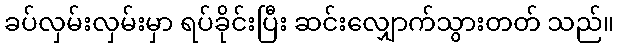
ခပ်လှမ်းလှမ်းမှာ ရပ်ခိုင်းပြီး ဆင်းလျှောက်သွားတတ် သည်။